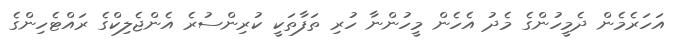
އަހަރެމެން ދެމީހުންގެ މެދު އެެހެން މީހުންނާ ހުރި ތަފާތަކީ ކުރިންސުރެ އެންޖެލިކްގެ ރައްޓެހިންގެ